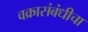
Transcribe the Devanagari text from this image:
वक्रासंबंधीचा